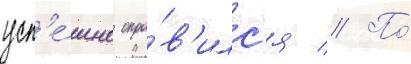
усп'е́шно спра́в'илс'я // По́